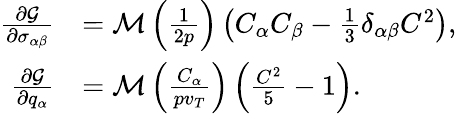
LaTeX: \begin{array}{rl}{\frac{\partial\mathcal{G}}{\partial\sigma_{\alpha\beta}}}&{=\mathcal{M}\left(\frac{1}{2p}\right)\left(C_{\alpha}C_{\beta}-\frac{1}{3}\delta_{\alpha\beta}C^{2}\right),}\\ {\frac{\partial\mathcal{G}}{\partial q_{\alpha}}}&{=\mathcal{M}\left(\frac{C_{\alpha}}{pv_{T}}\right)\left(\frac{C^{2}}{5}-1\right).}\end{array}